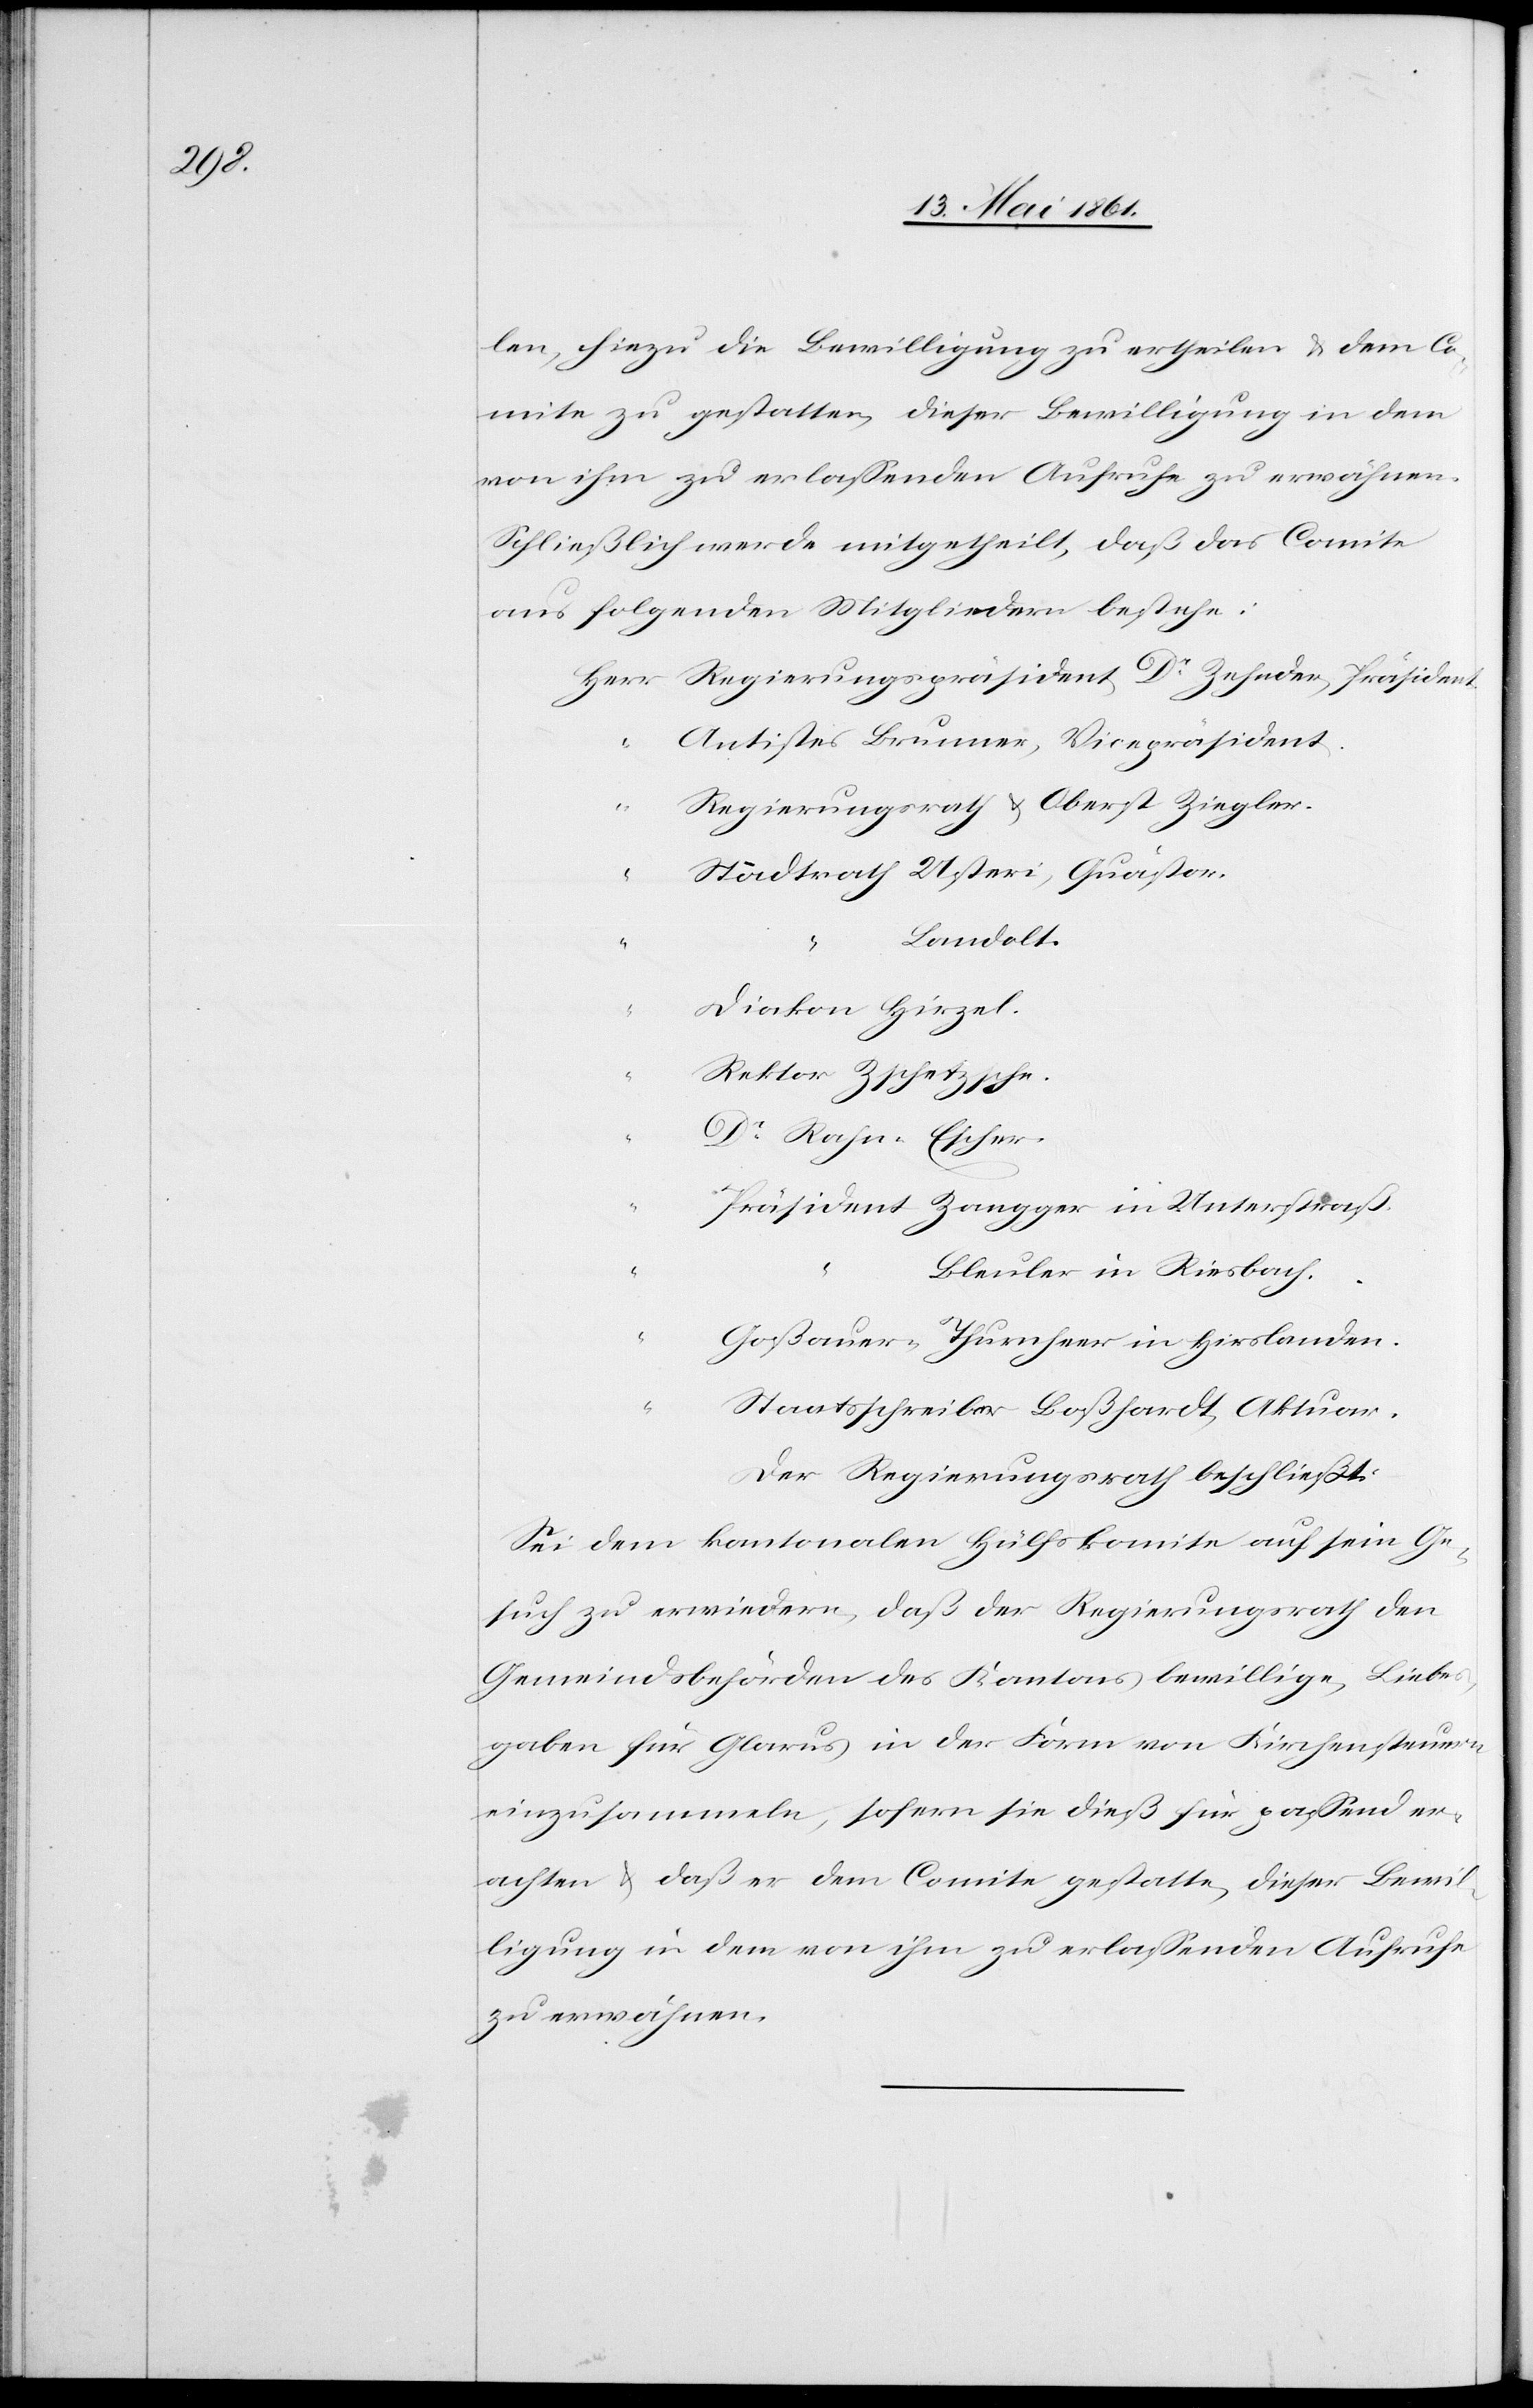
len, hiezu die Bewilligung zu ertheilen u. dem Co¬
mite zu gestatten, dieser Bewilligung in dem
von ihm zu erlassenden Aufrufe zu erwähnen.
Schließlich werde mitgetheilt, daß das Comite
aus folgenden Mitgliedern bestehe:
Dr.
Antistes Brunner, Vicepräsident.
“
Regierungsrath u. Oberst Ziegler.
Landolt
“
Diakon Hirzel.
Rektor
Zschetzsche.
Dr. Rahn-Escher.
Präsident Zangger in Unterstraß.
Bleuler in Riesbach
Goßauer-Thurnheer in Hirslanden.
Staatsschreiber Boßhard, Aktuar.
Der Regierungsrath beschließt:
Sei dem kantonalen Hülfskomite auf sein Ge¬
such zu erwiedern, daß der Regierungsrath den
Gemeindsbehörden des Kantons bewillige, Liebe¬
sgaben für Glarus in der Form von Kirchensteuern
einzusammeln, sofern sie dieß für passend er¬
achten u. daß er dem Comite gestatte, dieser Bewil¬
ligung in dem von ihm zu erlassenden Aufrufe
zu erwähnen.